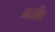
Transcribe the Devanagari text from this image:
मतकि